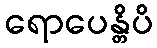
ရောပေန္တိပိ